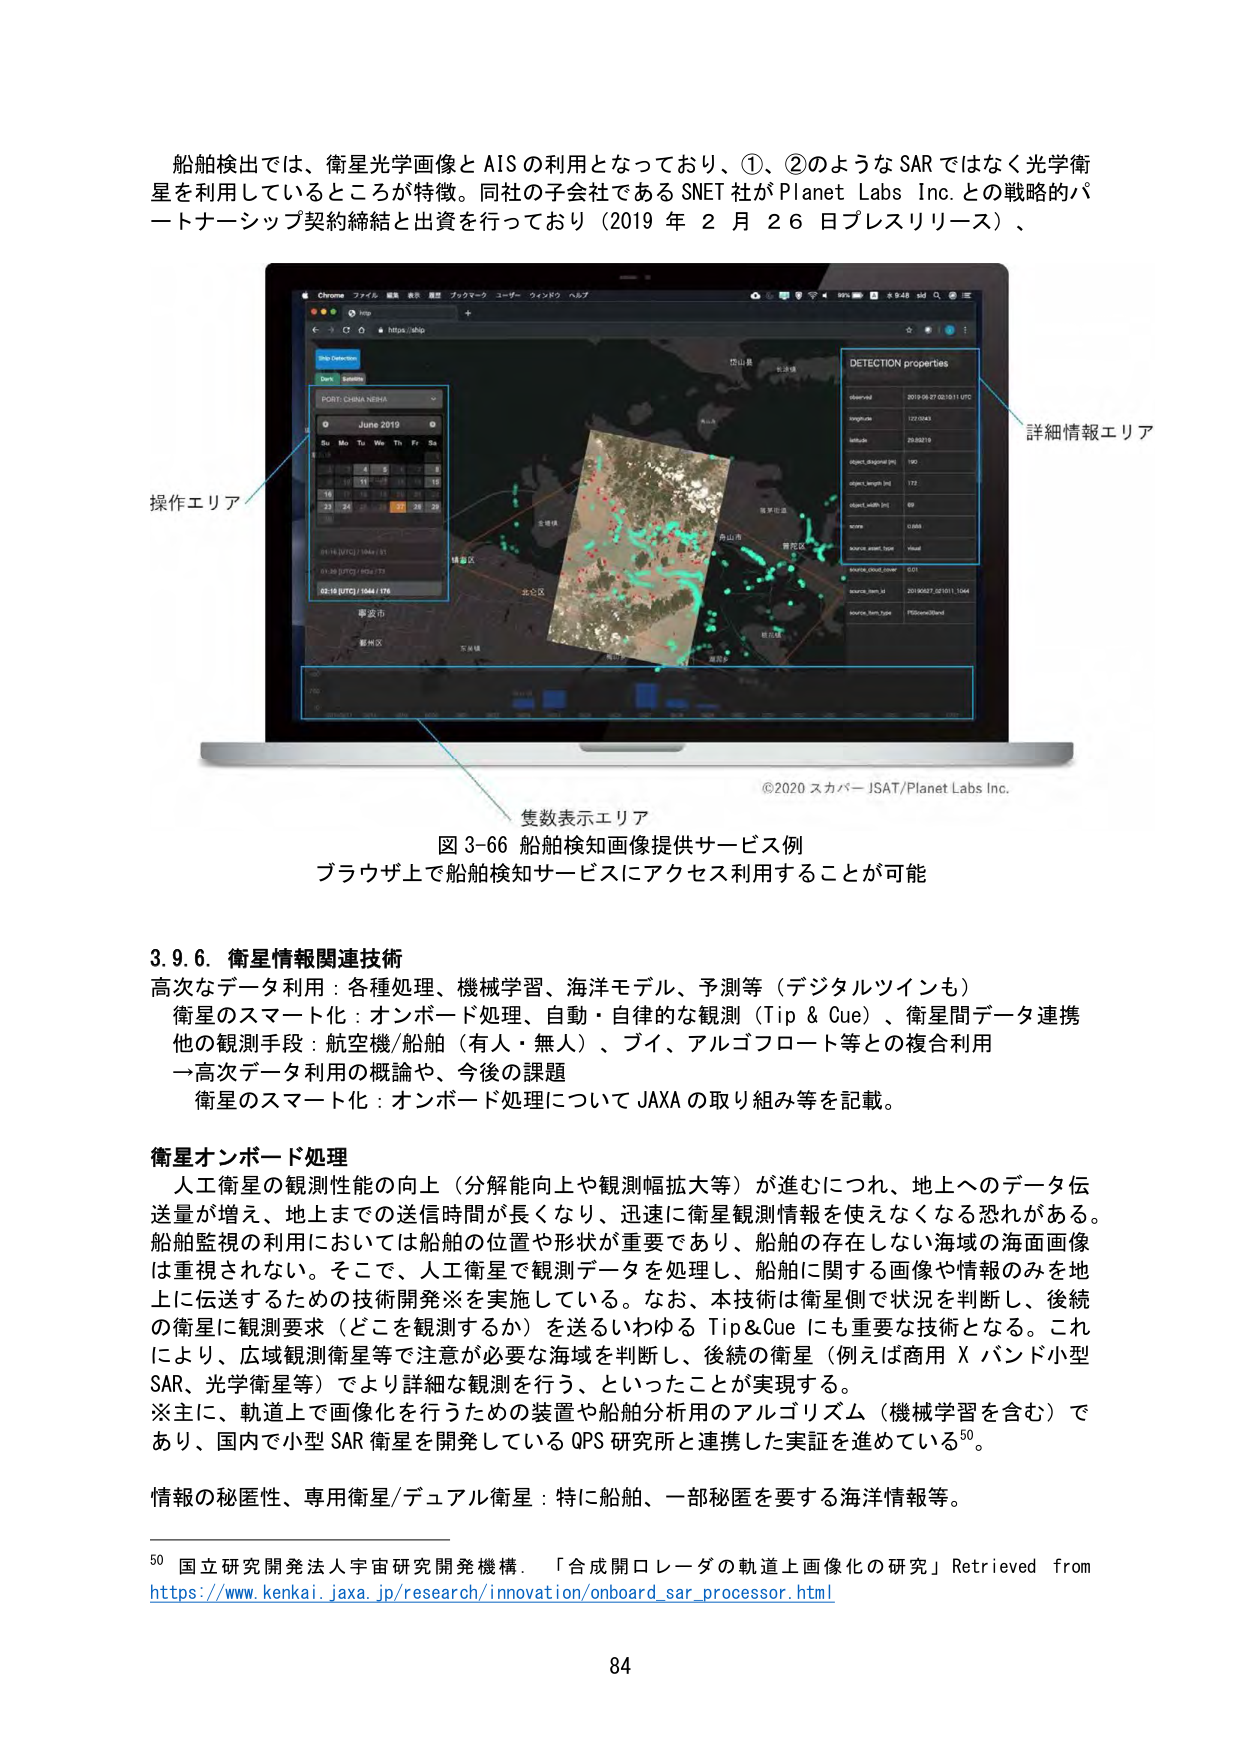
船舶検出では、衛星光学画像と AIS の利用となっており、①、②のような SAR ではなく光学衛星を利用しているところが特徴。同社の子会社である SNET 社が Planet Labs Inc. との戦略的パートナーシップ契約締結と出資を行っており（2019 年 2 月 26 日プレスリリース）、
Chrome ファイル 編集 表示 歴史 ブックマーク ユーザー ウィンドウ ヘルプ
info
https://ship
Ship Detection
Detect
Simulate
PORT: CHINA, NINGBO
June 2019
Su Mo Tu We Th Fr Sa
1 2 3 4 5 6 7
8 9 10 11 12 13 14
15 16 17 18 19 20 21
22 23 24 25 26 27 28
09:18 [UTC] / 1044 / 81
01:20 [UTC] / 602 / 73
02:10 [UTC] / 1044 / 178
操作エリア
岱山島
松浦港
舟山市
普陀区
定海区
寧波市
鄞州区
下朱塘
DETECTION properties
observed 2019-06-27 02:10:11 UTC
longitude 122.0243
latitude 29.85219
object_diagonal [m] 195
object_length [m] 172
object_width [m] 69
score 0.888
source_asset_type visual
source_cloud_cover 0.01
source_time_id 20190627_021011_1544
source_tsm_type PSScene3Band
詳細情報エリア
©2020 スカパー JSAT/Planet Labs Inc.
隻数表示エリア
図 3-66 船舶検知画像提供サービス例
ブラウザ上で船舶検知サービスにアクセス利用することが可能
3.9.6. 衛星情報関連技術
高度なデータ利用：各種処理、機械学習、海洋モデル、予測等（デジタルツインも）
衛星のスマート化：オンボード処理、自動・自律的な観測（Tip & Cue）、衛星間データ連携
他の観測手段：航空機/船舶（有人・無人）、フイ、アルゴフロート等との複合利用
→高次データ利用の概論や、今後の課題
衛星のスマート化：オンボード処理について JAXA の取り組み等を記載。
衛星オンボード処理
人工衛星の観測性能の向上（分解能向上や観測幅拡大等）が進むにつれ、地上へのデータ伝送量が増え、地上までの送信時間が長くなり、迅速に衛星観測情報を使えなくなる恐れがある。船舶監視の利用においては船舶の位置や形状が重要であり、船舶に存在する海域の海面画像は重視されない。そこで、人工衛星で観測データを処理し、船舶に関する画像や情報のみを地上に伝送するための技術開発※を実施している。なお、本技術は衛星側で状況を判断し、後続の衛星に観測要求（どこを観測するか）を送るいわゆる Tip&Cue にも重要な技術となる。これにより、広域観測衛星等で注意が必要な海域を判断し、後続の衛星（例えば商用 X バンド小型 SAR、光学衛星等）でより詳細な観測を行う、といったことが実現する。
※主に、軌道上で画像化を行うための装置や船舶分析用のアルゴリズム（機械学習を含む）であり、国内で小型 SAR 衛星を開発している QPS 研究所と連携した実証を進めている50。
情報の秘匿性、専用衛星/デュアル衛星：特に船舶、一部秘匿を要する海洋情報等。
50 国立研究開発法人宇宙研究開発機構、「合成開口レーダの軌道上画像化の研究」Retrieved from https://www.kenkai.jaxa.jp/research/innovation/onboard_sar_processor.html
84